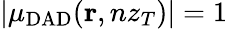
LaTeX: |\mu_{\mathrm{DAD}}({\mathbf r},nz_{T})|=1